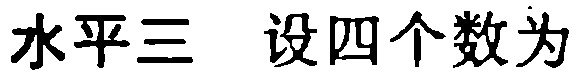
水平三 设四个数为